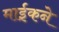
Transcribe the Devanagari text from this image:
माईकने